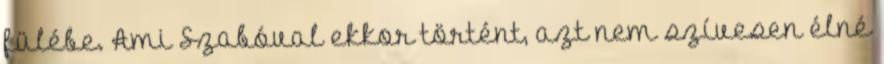
fülébe. Ami Szabóval ekkor történt, azt nem szívesen élné